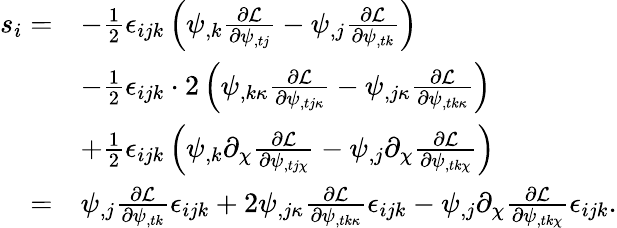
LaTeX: \begin{array}{rl}{s_{i}=}&{-\frac 12\epsilon_{ijk}\left(\psi_{,k}\frac{\partial\mathcal{L}}{\partial\psi_{,tj}}-\psi_{,j}\frac{\partial\mathcal{L}}{\partial\psi_{,tk}}\right)}\\ &{-\frac 12\epsilon_{ijk}\cdot 2\left(\psi_{,k\kappa}\frac{\partial\mathcal{L}}{\partial\psi_{,tj\kappa}}-\psi_{,j\kappa}\frac{\partial\mathcal{L}}{\partial\psi_{,tk\kappa}}\right)}\\ &{+\frac 12\epsilon_{ijk}\left(\psi_{,k}\partial_{\chi}\frac{\partial\mathcal{L}}{\partial\psi_{,tj\chi}}-\psi_{,j}\partial_{\chi}\frac{\partial\mathcal{L}}{\partial\psi_{,tk\chi}}\right)}\\ {=}&{\psi_{,j}\frac{\partial\mathcal{L}}{\partial\psi_{,tk}}\epsilon_{ijk}+2\psi_{,j\kappa}\frac{\partial\mathcal{L}}{\partial\psi_{,tk\kappa}}\epsilon_{ijk}-\psi_{,j}\partial_{\chi}\frac{\partial\mathcal{L}}{\partial\psi_{,tk\chi}}\epsilon_{ijk}.}\end{array}